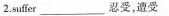
2.suffer\underline忍受,遭受